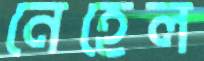
নেহেল